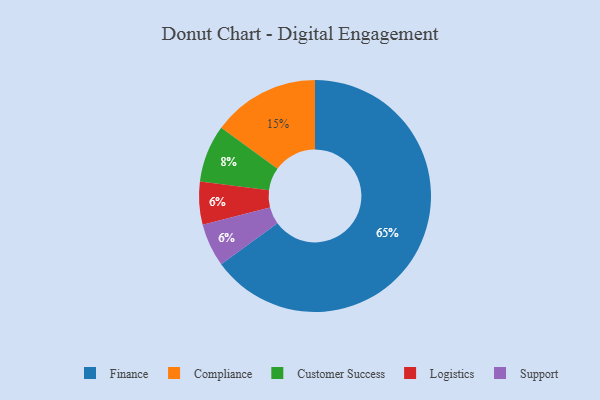
{"axis": {"x": "Category", "y": "Percentage"}, "legend": ["Compliance", "Customer Success", "Finance", "Logistics", "Support"], "data": [{"x": "Finance", "y": 65, "type": "Finance"}, {"x": "Compliance", "y": 15, "type": "Compliance"}, {"x": "Logistics", "y": 6, "type": "Logistics"}, {"x": "Customer Success", "y": 8, "type": "Customer Success"}, {"x": "Support", "y": 6, "type": "Support"}]}